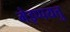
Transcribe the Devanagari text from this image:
मेइप्पयत्तु